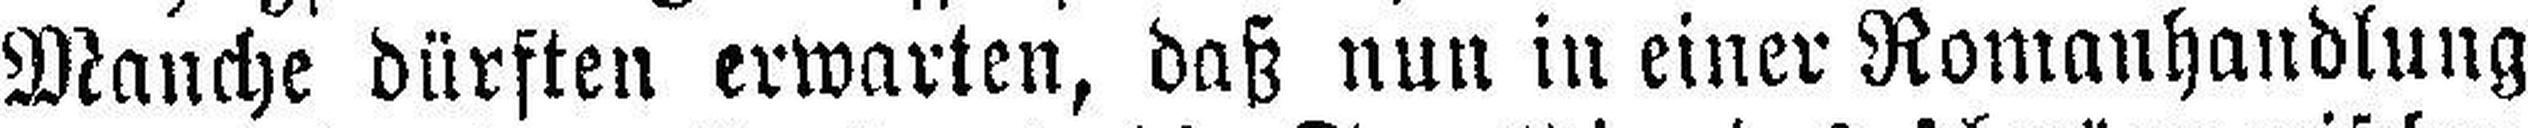
Manche dürsten erwarten, daß nun in einer Romanhandlung